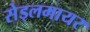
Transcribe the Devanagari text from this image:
सेड्लमायर